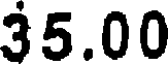
35.00